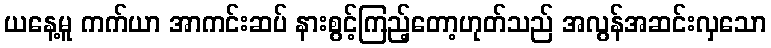
ယနေ့မူ ကက်ယာ အာကင်းဆပ် နားစွင့်ကြည့်တော့ဟုတ်သည် အလွန်အဆင်းလှသော